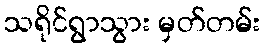
သရိုင်ရွာသွား မှတ်တမ်း